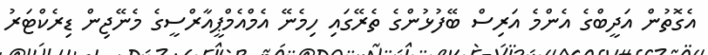
އެގޮތުން އަދީބްގެ އެންމެ އަރިސް ބޭފުޅުންގެ ތެރޭގައި ހިމެނޭ އެމްއެމްޕީއާރްސީގެ މެނޭޖިން ޑިރެކްޓަރު